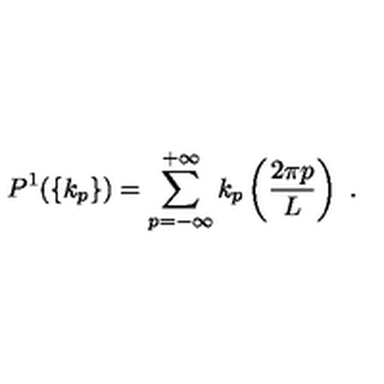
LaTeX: P ^ { 1 } ( \{ k _ { p } \} ) = \sum _ { p = - \infty } ^ { + \infty } k _ { p } \left( \frac { 2 \pi p } { L } \right) \ .